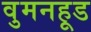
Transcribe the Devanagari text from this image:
वुमनहूड